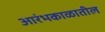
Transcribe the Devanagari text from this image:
आरंभकाळातील